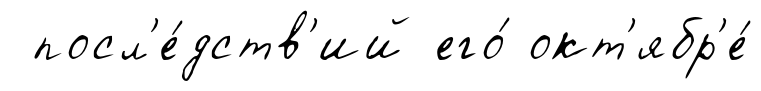
посл'е́дств'ий его́ окт'ябр'е́